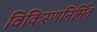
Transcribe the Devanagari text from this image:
विकिरणनिर्मित